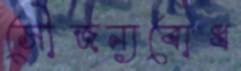
সৌজন্যবোধ